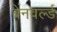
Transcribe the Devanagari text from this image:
ब्रेनवर्ल्ड